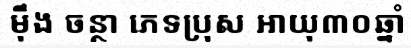
ម៉ឹង ចន្ថា ភេទប្រុស អាយុ៣០ឆ្នាំ